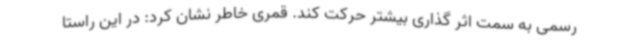
رسمی به سمت اثر گذاری بیشتر حرکت کند. قمری خاطر نشان کرد: در این راستا